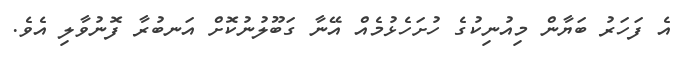
އެ ފަހަރު ބަޔާން މިއުނިކުގެ ހުށަހެޅުމެއް އޭނާ ގަބޫލުނުކޮށް އަނބުރާ ފޮނުވާލި އެވެ.